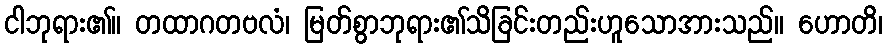
ငါဘုရား၏။ တထာဂတဗလံ၊ မြတ်စွာဘုရား၏သိခြင်းတည်းဟူသောအားသည်။ ဟောတိ၊